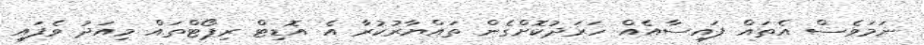
ނަމަވެސް އެތައް ފައިސާއެއް ހަރަދުކޮށްގެން ތައްޔާރުކުރާ އެ އޮޑިޓް ރިޕޯޓްތައް މިއަދު ވެފައި